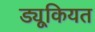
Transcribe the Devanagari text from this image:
ड्यूकियत